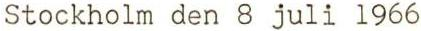
Stockholm den 8 juli 1966